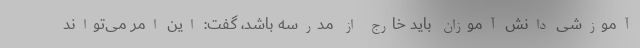
آموزشی دانش آموزان باید خارج از مدرسه باشد، گفت: این امر می‌تواند